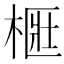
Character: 㮜